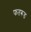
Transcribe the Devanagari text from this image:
फतरूड